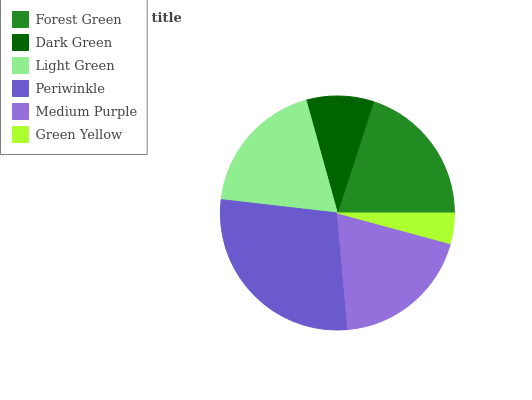
| Forest Green | Dark Green | Light Green | Periwinkle | Medium Purple | Green Yellow |
 | --- | --- | --- | --- | --- | --- |
 | 20% | 9.3% | 18.9% | 28.1% | 19.4% | 4.21% |